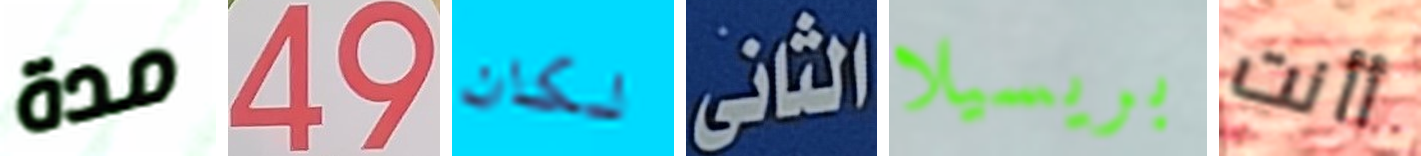
مدة 49 لكان الثانى بريسيلا أأنت